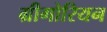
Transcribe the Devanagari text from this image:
ग्रीगोरियन